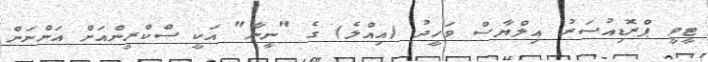
ޓީވީ ޕްރޮޑިއުސަރު އިލްޔާސް ވަހީދު (އިއްލެ) ގެ "ނީނާ" އަކީ ސްކްރީންއަށް އަންނަން